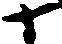
十